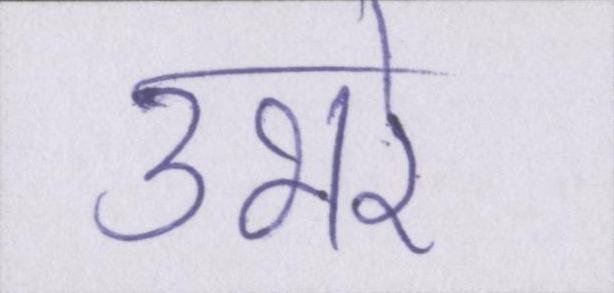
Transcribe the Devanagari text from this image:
उभरे